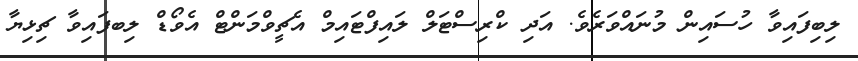
ލިބިފައިވާ ހުސައިން މުނައްވަރެވެ. އަދި ކްރިސްޓަލް ލައިފްޓައިމް އެޗީވްމަންޓް އެވޯޑް ލިބފައިވާ ޗިޅިޔާ